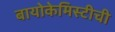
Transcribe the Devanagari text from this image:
बायोकेमिस्टीची